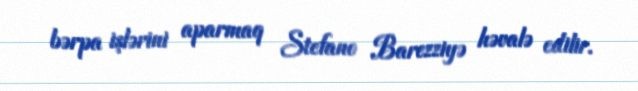
bərpa işlərini aparmaq Stefano Barezziyə həvalə edilir.